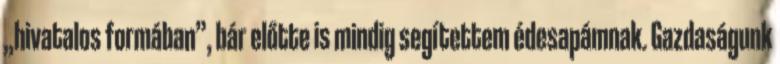
„hivatalos formában”, bár előtte is mindig segítettem édesapámnak. Gazdaságunk